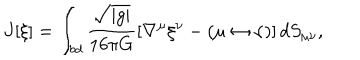
J [ \xi ] = \int _ { \it b d } \frac { \sqrt { \left| { g } \right| } } { 1 6 \pi G } \left[ \nabla ^ { \mu } \xi ^ { \nu } - ( \mu \leftrightarrow \nu ) \right] d S _ { \mu \nu } ,